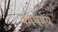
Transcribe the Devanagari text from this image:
कोथमय